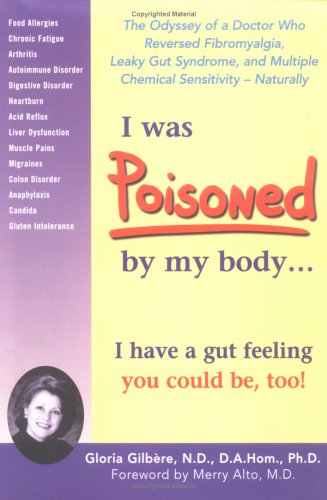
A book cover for I Was Poisoned By My Body: The Odyssey of a Doctor Who Reversed Fibromyalgia, Leaky Gut Syndrome, and Multiple Chemical Sensitivity - Naturally!; Gloria Gilbere; Health, Fitness & Dieting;